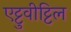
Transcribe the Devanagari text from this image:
एट्टुवीट्टिल